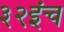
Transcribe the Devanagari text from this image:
३२इंच